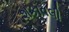
શકાવલી